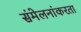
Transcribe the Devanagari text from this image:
संमेलनांकरता